Lunatic asylums Madras 1892-1911 - 1892-1911
Year: 1892
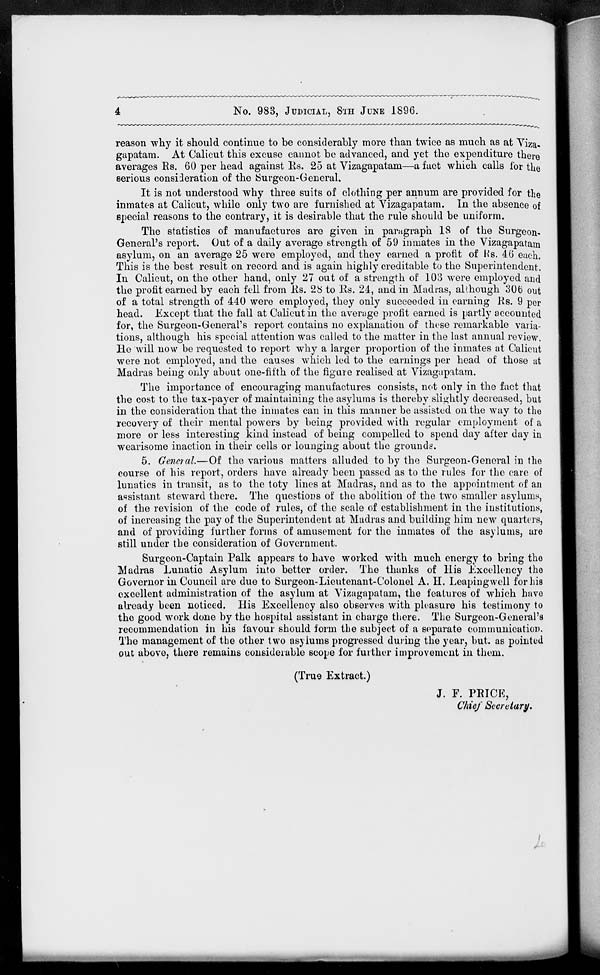
4
No. 983, JUDICIAL, 8TH JUNE 1896.
reason why it should continue to be considerably more than twice as much as at Viza-
gapatam. At Calicut this excuse cannot be advanced, and yet the expenditure there
averages Rs. 60 per head against Us. 25 at Vizagapatam—a fact which calls lor the
serious consideration of the Surgeon-General.
It is not understood why three suits of clothing per annum are provided for the
inmates at Calicut, while only two are furnished at Vizagapatam. In the absence of
special reasons to the contrary, it is desirable that the rule should be uniform.
The statistics of manufactures are given in paragraph 18 of the Surgeon-
General's report. Out of a daily average strength of 59 inmates in the Vizagapatam
asylum, on an average 25 were employed, and they earned a profit of h's. 46 each.
This is the best result on record and is again highly creditable to the Superintendent.
In Calicut, on the other hand, only 27 out of a strength of 103 were employed and
the profit earned by each fell from lis. 28 to Es. 24, and in Madras, although 30b out
of a total strength of 440 were employed, they only succeeded in earning Rs. 9 per
head. Except that the fall at Calicut in the average profit earned is partly accounted
for, the Surgeon-General's report contains no explanation of these remarkable varia-
tions, although his special attention was called to the matter in the last annual review.
He will now be requested to report why a larger proportion of the inmates at Calicut
were not employed, and the causes which led to the earnings per head of those at
Madras being only abuut one-fifth of the figure realised at Vizagapatam.
The importance of encouraging manufactures consists, not only in the fact that
the cost to the tax-payer of maintaining the asylums is thereby slightly decreased, but
in the consideration that the inmates can in this manner be assisted on the way to the
recovery of their mental powers by being provided with regular employment of a
more or less interesting kind instead of being compelled to spend day after day in
wearisome inaction in their cells or lounging about the grounds.
5. General.—Of the various matters alluded to by the Surgeon-General in the
course of his report, orders have already been passed as to the rules for the care of
lunatics in transit, as to the toty lines at Madras, and as to the appointment of an
assistant steward there. The questions of the abolition of the two smaller asylums,
of the revision of the code of rules, of the scale of establishment in the institutions,
of increasing the pay of the Superintendent at Madras and building him new quarters,
and of providing further forms of amusement for the inmates of the asylums, are
still under the consideration of Government.
Surgeon-Captain Palk appears to have worked with much energy to bring the
Madras Lunatic Asylum into better order. The thanks of His Excellency the
Governor in Council are due to Surgeon-Lieutenant-Colonel A. H. Leapingwell for his
excellent administration of the asylum at Vizagapatam, the features of which have
already been noticed. His Excellency also observes with pleasure his testimony to
the good work done by the hospital assistant in charge there. The Surgeon-General's
recommendation in his favour should form the subject of a separate communication.
The management of the other two asylums progressed during the year, but. as pointed
out above, there remains considerable scope for further improvement in them.
(True Extract.)
J. F. PRICE,
Chief Secretary.